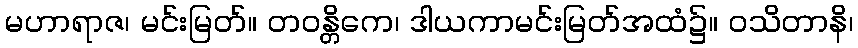
မဟာရာဇ၊ မင်းမြတ်။ တဝန္တိကေ၊ ဒါယကာမင်းမြတ်အထံ၌။ ဝသိတာနိ၊